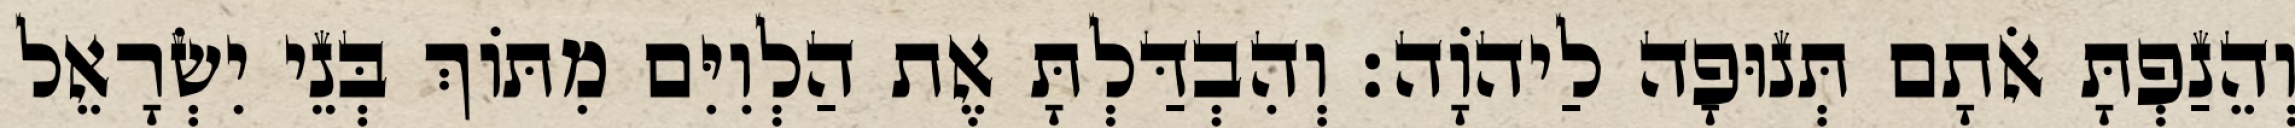
וְהֵנַפְתָּ אֹתָם תְּנוּפָה לַיהוָֹה׃ וְהִבְדַּלְתָּ אֶת הַלְוִיִּם מִתּוֹךְ בְּנֵי יִשְׂרָאֵל